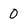
Character: 0